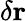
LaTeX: \delta\mathbf{r}